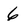
Character: 6